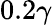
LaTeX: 0.2\gamma